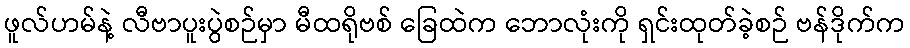
ဖူလ်ဟမ်နဲ့ လီဗာပူးပွဲစဉ်မှာ မီထရိုဗစ် ခြေထဲက ဘောလုံးကို ရှင်းထုတ်ခဲ့စဉ် ဗန်ဒိုက်က